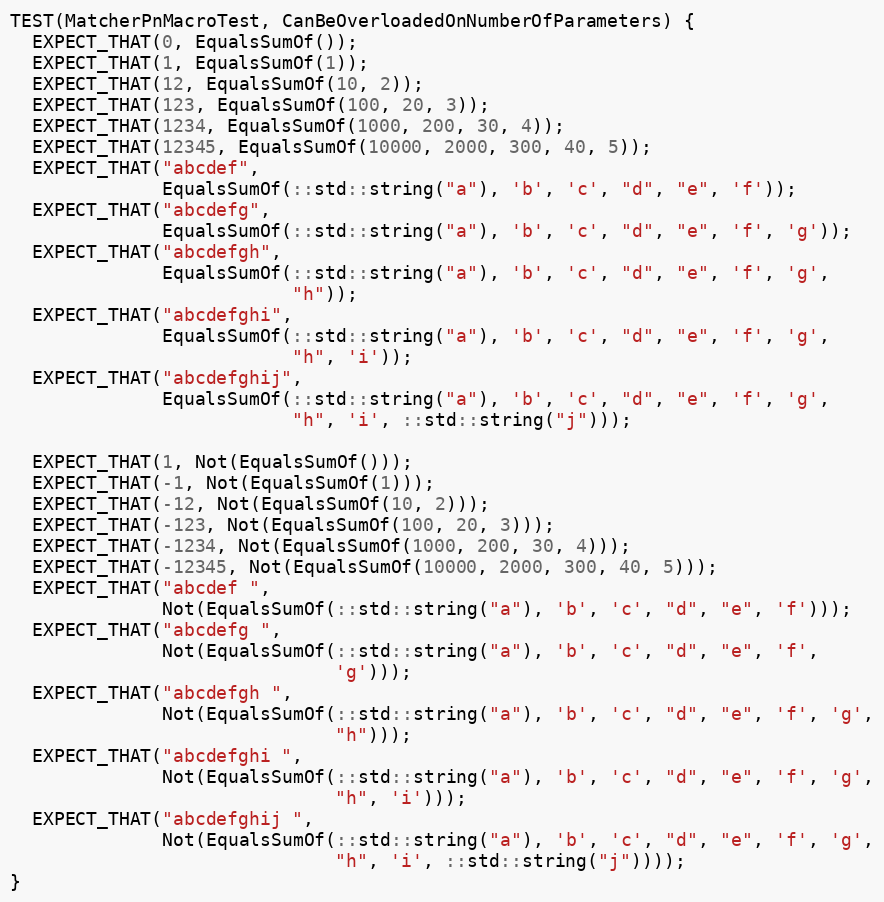
Language: C++
TEST(MatcherPnMacroTest, CanBeOverloadedOnNumberOfParameters) {
  EXPECT_THAT(0, EqualsSumOf());
  EXPECT_THAT(1, EqualsSumOf(1));
  EXPECT_THAT(12, EqualsSumOf(10, 2));
  EXPECT_THAT(123, EqualsSumOf(100, 20, 3));
  EXPECT_THAT(1234, EqualsSumOf(1000, 200, 30, 4));
  EXPECT_THAT(12345, EqualsSumOf(10000, 2000, 300, 40, 5));
  EXPECT_THAT("abcdef",
              EqualsSumOf(::std::string("a"), 'b', 'c', "d", "e", 'f'));
  EXPECT_THAT("abcdefg",
              EqualsSumOf(::std::string("a"), 'b', 'c', "d", "e", 'f', 'g'));
  EXPECT_THAT("abcdefgh",
              EqualsSumOf(::std::string("a"), 'b', 'c', "d", "e", 'f', 'g',
                          "h"));
  EXPECT_THAT("abcdefghi",
              EqualsSumOf(::std::string("a"), 'b', 'c', "d", "e", 'f', 'g',
                          "h", 'i'));
  EXPECT_THAT("abcdefghij",
              EqualsSumOf(::std::string("a"), 'b', 'c', "d", "e", 'f', 'g',
                          "h", 'i', ::std::string("j")));

  EXPECT_THAT(1, Not(EqualsSumOf()));
  EXPECT_THAT(-1, Not(EqualsSumOf(1)));
  EXPECT_THAT(-12, Not(EqualsSumOf(10, 2)));
  EXPECT_THAT(-123, Not(EqualsSumOf(100, 20, 3)));
  EXPECT_THAT(-1234, Not(EqualsSumOf(1000, 200, 30, 4)));
  EXPECT_THAT(-12345, Not(EqualsSumOf(10000, 2000, 300, 40, 5)));
  EXPECT_THAT("abcdef ",
              Not(EqualsSumOf(::std::string("a"), 'b', 'c', "d", "e", 'f')));
  EXPECT_THAT("abcdefg ",
              Not(EqualsSumOf(::std::string("a"), 'b', 'c', "d", "e", 'f',
                              'g')));
  EXPECT_THAT("abcdefgh ",
              Not(EqualsSumOf(::std::string("a"), 'b', 'c', "d", "e", 'f', 'g',
                              "h")));
  EXPECT_THAT("abcdefghi ",
              Not(EqualsSumOf(::std::string("a"), 'b', 'c', "d", "e", 'f', 'g',
                              "h", 'i')));
  EXPECT_THAT("abcdefghij ",
              Not(EqualsSumOf(::std::string("a"), 'b', 'c', "d", "e", 'f', 'g',
                              "h", 'i', ::std::string("j"))));
}